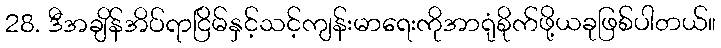
28. ဒီအချိန်အိပ်ရာငြိမ်နှင့်သင့်ကျန်းမာရေးကိုအာရုံစိုက်ဖို့ယခုဖြစ်ပါတယ်။